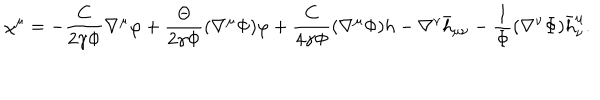
LaTeX: \chi ^ { \mu } = - { \frac { C } { 2 \gamma \Phi } } \nabla ^ { \mu } \varphi + { \frac { \Theta } { 2 \gamma \Phi } } ( \nabla ^ { \mu } \Phi ) \varphi + { \frac { C } { 4 \gamma \Phi } } ( \nabla ^ { \mu } \Phi ) h - \nabla ^ { \nu } \bar { h } _ { \mu \nu } - { \frac { 1 } { \Phi } } ( \nabla ^ { \nu } \Phi ) \bar { h } _ { \nu } ^ { \mu } .